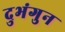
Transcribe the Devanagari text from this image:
दुभंगुन